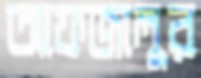
আফজালুর